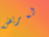
لمريض